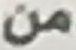
من